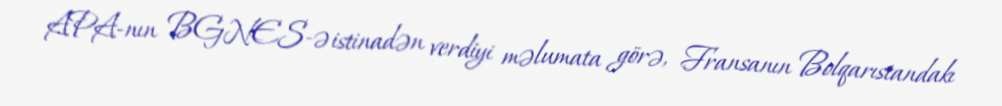
APA-nın BGNES-ə istinadən verdiyi məlumata görə, Fransanın Bolqarıstandakı